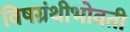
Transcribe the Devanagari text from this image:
विषग्रंथीभोवती